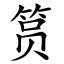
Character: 筼